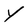
Character: Y